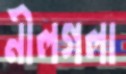
নীলগলা